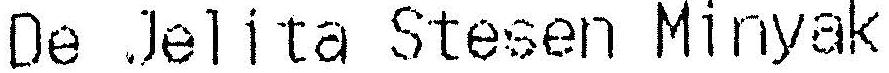
DE JELITA STESEN MINYAK